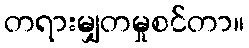
တရားမျှတမှုစင်တာ။